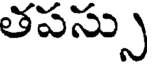
తపస్సు